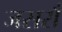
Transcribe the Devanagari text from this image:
जसराँ